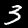
Label: 3